Calcutta medical institutions reports 1871-78
Year: 1871
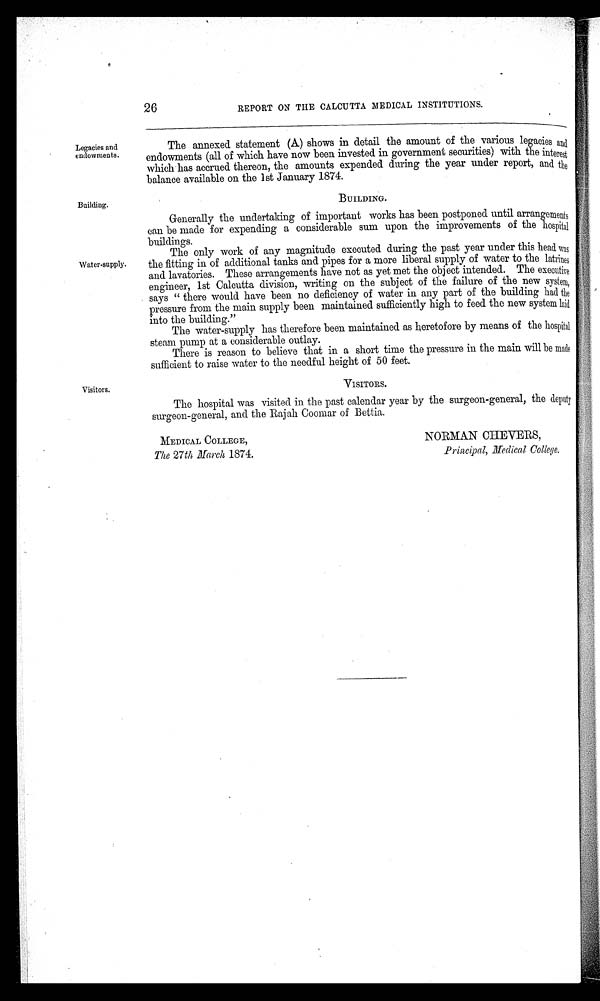
MEDICAL COLLEGE,
The 27th March 1874.
NORMAN CHEVERS,
Principal, Medical College.
26
REPORT ON THE CALCUTTA MEDICAL INSTITUTIONS.
Legacies and
endowments.
Building.
Water-supply.
Visitors.
The annexed statement (A) shows in detail the amount of the various legacies and
endowments (all of which have now been invested in government securities) with the interest
which has accrued thereon, the amounts expended during the year under report, and the
balance available on the 1st January 1874.
BUILDING.
Generally the undertaking of important works has been postponed until arrangements
can be made for expending a considerable sum upon the improvements of the hospital
buildings.
The only work of any magnitude executed during the past year under this head was
the fitting in of additional tanks and pipes for a more liberal supply of water to the latrines
and lavatories. These arrangements have not as yet met the object intended. The executive
engineer, 1st Calcutta division, writing on the subject of the failure of the new system,
says "there would have been no deficiency of water in any part of the building had the
pressure from the main supply been maintained sufficiently high to feed the new system laid
into the building."
The water-supply has therefore been maintained as heretofore by means of the hospital
steam pump at a considerable outlay.
There is reason to believe that in a short time the pressure in the main will be made
sufficient to raise water to the needful height of 50 feet.
VISITORS.
The hospital was visited in the past calendar year by the surgeon-general, the deputy
surgeon-general, and the Rajah Coomar of Bettia.